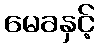
မေခနှင့်